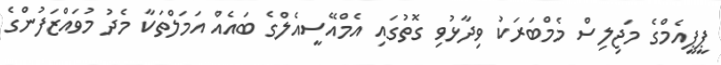
ޕީޕީއެމްގެ މަޖިލިސް މެމްބަރަކު ވިދާޅުވި ގޮތުގައި އެމްއޭސީއެލްގެ ބައެއް އަމަލްތަކާ މެދު މުވައްޒަފުންގެ